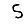
Digit: 5